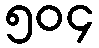
၅၀၄